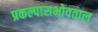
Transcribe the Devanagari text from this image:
प्रकल्पासभोवताल